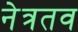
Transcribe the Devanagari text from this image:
नेत्रतव